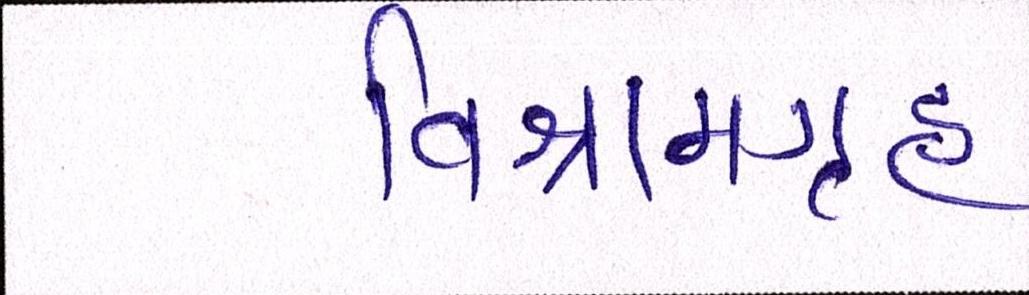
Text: વિશ્રામગૃહ